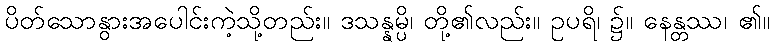
ပိတ်သောနွားအပေါင်းကဲ့သို့တည်း။ ဒသန္နမ္ပိ၊ တို့၏လည်း။ ဥပရိ၊ ၌။ နေန္တဿ၊ ၏။